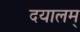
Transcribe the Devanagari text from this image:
दयालम्